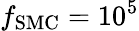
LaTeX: f_{\mathrm{SMC}}=10^{5}